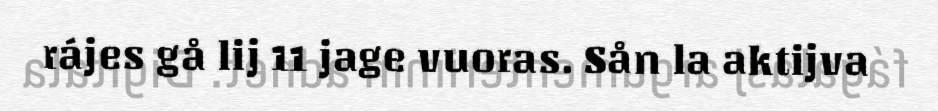
rájes gå lij 11 jage vuoras. Sån la aktijva